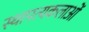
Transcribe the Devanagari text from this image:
स्थापत्यकलाओं